Indian journal of veterinary science and animal husbandry - Volume 13,
Year: 1943
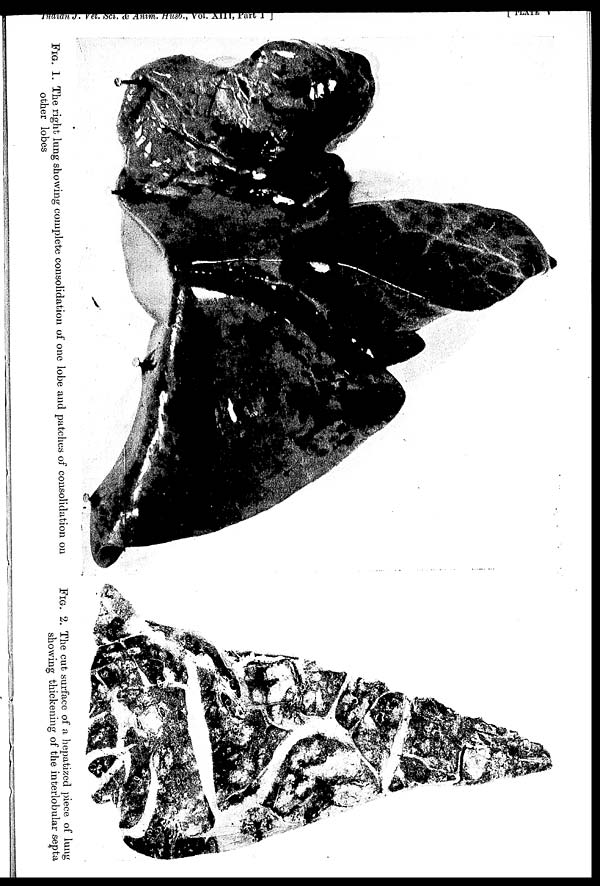
Indian
J.
Vet.
Sci.
&
Anim.
Husb.,
Vol.
XIII,
Part I] [
PLATE V
FIG. 1. The right lung showing complete consolidation of one lobe and patches of consolidation on
other lobes
FIG. 2. The cut surface of a hepatized piece of lung
showing thickening of the interlobular septa